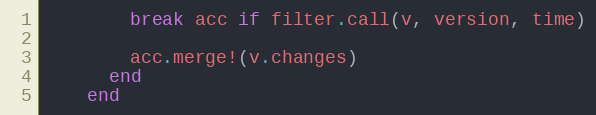
Language: Ruby
        break acc if filter.call(v, version, time)

        acc.merge!(v.changes)
      end
    end